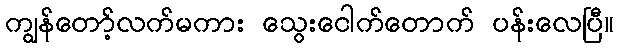
ကျွန်တော့်လက်မကား သွေးငေါက်တောက် ပန်းလေပြီ။